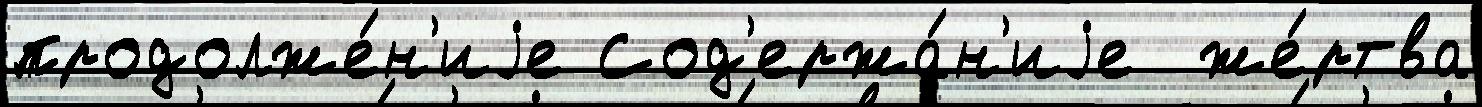
продолже́н'иjе Сод'ержа́н'иjе  же́ртва